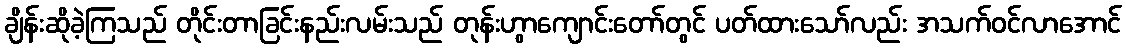
ချိန်းဆိုခဲ့ကြသည် တိုင်းတာခြင်းနည်းလမ်းသည် တုန်းဟွာကျောင်းတော်တွင် ပတ်ထားသော်လည်း အသက်ဝင်လာအောင်